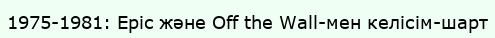
1975-1981: Epic және Off the Wall-мен келісім-шарт